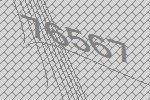
76567